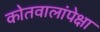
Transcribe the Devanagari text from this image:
कोतवालांपेक्षा